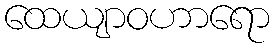
ထေယျာဝဟာရော